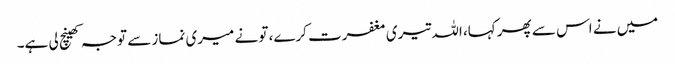
میں نے اس سے پھر کہا، اللہ تیری مغفرت کرے، تو نے میری نماز سے توجہ کھینچ لی ہے۔